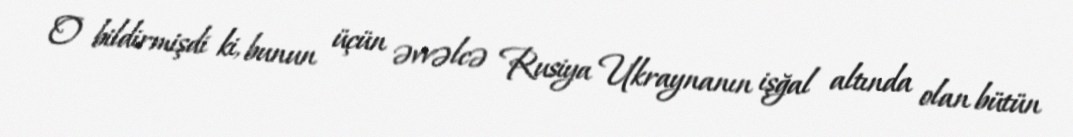
O bildirmişdi ki, bunun üçün əvvəlcə Rusiya Ukraynanın işğal altında olan bütün